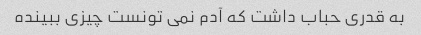
به قدری حباب داشت که آدم نمی تونست چیزی ببینده